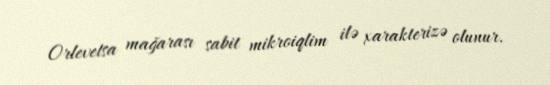
Orlevetsa mağarası sabit mikroiqlim ilə xarakterizə olunur.